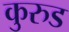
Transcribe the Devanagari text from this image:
कुरुड